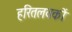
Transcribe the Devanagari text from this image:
हरितलवकों